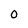
Character: 0